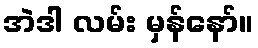
အဲဒါ လမ်း မှန်နော်။